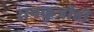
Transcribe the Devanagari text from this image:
रानकुत्रीही